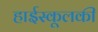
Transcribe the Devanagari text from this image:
हाईस्कूलकी